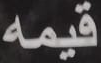
قيمه